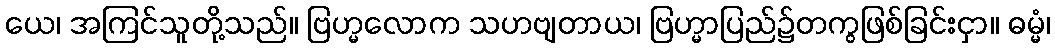
ယေ၊ အကြင်သူတို့သည်။ ဗြဟ္မလောက သဟဗျတာယ၊ ဗြဟ္မာပြည်၌တကွဖြစ်ခြင်းငှာ။ ဓမ္မံ၊